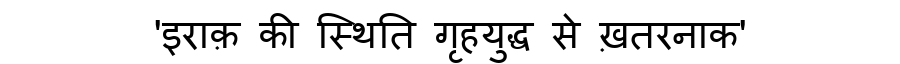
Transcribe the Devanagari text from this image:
'इराक़ की स्थिति गृहयुद्ध से ख़तरनाक'